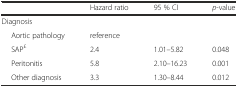
|  | Hazard ratio | 95 % CI | p-value |
 | --- | --- | --- | --- |
 | Diagnosis |  |  |  |
 | Aortic pathology | reference |  |  |
 | SAP£ | 2.4 | 1.01–5.82 | 0.048 |
 | Peritonitis | 5.8 | 2.10–16.23 | 0.001 |
 | Other diagnosis | 3.3 | 1.30–8.44 | 0.012 |